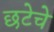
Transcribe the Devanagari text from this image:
छटेचे